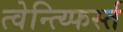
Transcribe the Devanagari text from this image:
त्वेन्त्य्फिर्स्त